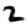
Digit: 2